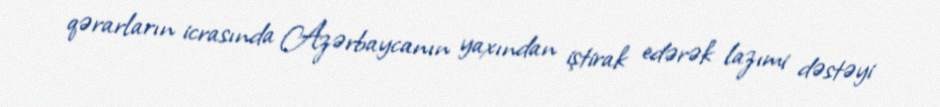
qərarların icrasında Azərbaycanın yaxından iştirak edərək lazımi dəstəyi